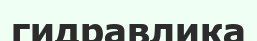
гидравлика